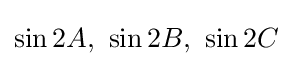
\sin 2A,\ \sin 2B,\ \sin 2C